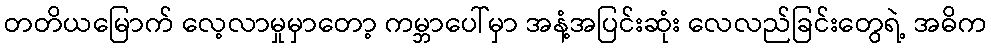
တတိယမြောက် လေ့လာမှုမှာတော့ ကမ္ဘာပေါ်မှာ အနံ့အပြင်းဆုံး လေလည်ခြင်းတွေရဲ့ အဓိက